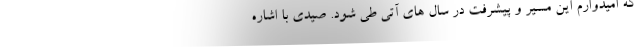
که امیدوارم این مسیر و پیشرفت در سال های آتی طی شود. صیدی با اشاره